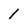
Character: I